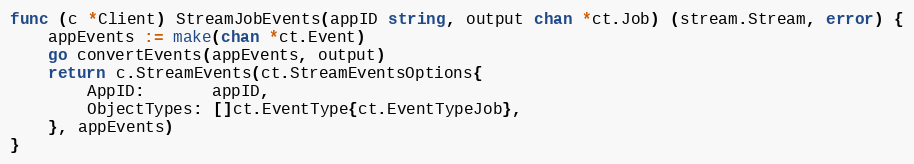
Language: Go
func (c *Client) StreamJobEvents(appID string, output chan *ct.Job) (stream.Stream, error) {
	appEvents := make(chan *ct.Event)
	go convertEvents(appEvents, output)
	return c.StreamEvents(ct.StreamEventsOptions{
		AppID:       appID,
		ObjectTypes: []ct.EventType{ct.EventTypeJob},
	}, appEvents)
}